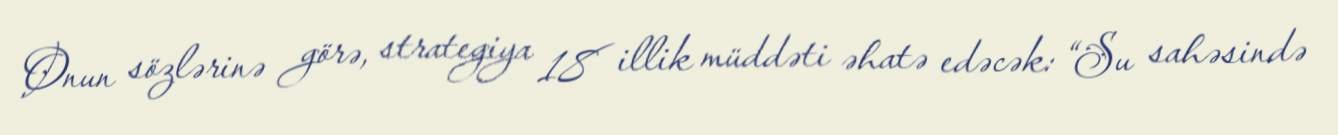
Onun sözlərinə görə, strategiya 18 illik müddəti əhatə edəcək: “Su sahəsində